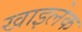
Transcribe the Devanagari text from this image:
खाइलेक